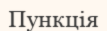
Пункція